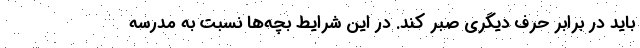
باید در برابر حرف دیگری صبر کند. در این شرایط بچه‌ها نسبت به مدرسه